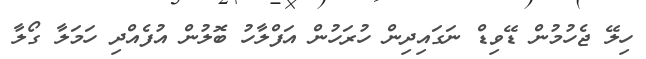
ހިލޭ ޖެހުމުން ޑޭވިޑް ނަގައިދިން ހުރަހުން އަފްލާހު ބޮލުން އުފެއްދި ހަމަލާ ގޯލާ